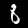
Digit: 8